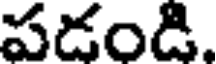
పడండి.